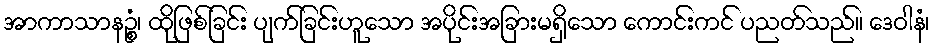
အာကာသာနဉ္စံ၊ ထိုဖြစ်ခြင်း ပျက်ခြင်းဟူသော အပိုင်းအခြားမရှိသော ကောင်းကင် ပညတ်သည်။ ဒေဝါနံ၊